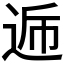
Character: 𮞏